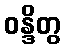
ဝန္ဒိတွ